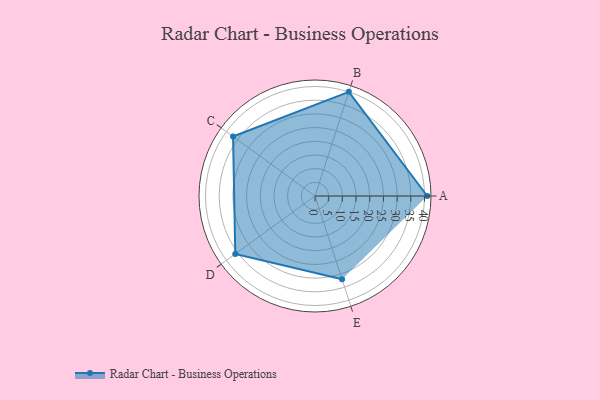
{"axis": {"x": "Skill", "y": "Score"}, "legend": ["Profile"], "data": [{"x": "A", "y": 41.0, "type": "Profile"}, {"x": "B", "y": 40.0, "type": "Profile"}, {"x": "C", "y": 37.0, "type": "Profile"}, {"x": "D", "y": 36.0, "type": "Profile"}, {"x": "E", "y": 32.0, "type": "Profile"}]}